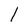
Character: l